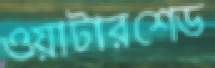
ওয়াটারশেড